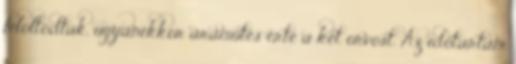
feloltódtak, ugyanekkor áramütés érte a két orvost. Az időtartam